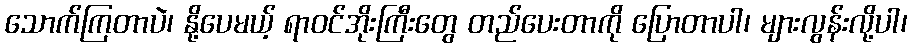
သောက်ကြတာပဲ၊ နို့ပေမယ့် ရာဝင်အိုးကြီးတွေ တည်ပေးတာကို ပြောတာပါ၊ များလွန်းလို့ပါ၊